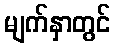
မျက်နှာတွင်